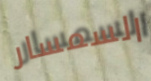
السمسار